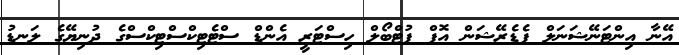
އޭނާ އިންޓަނޭޝަނަލް ފެޑެރޭޝަން އޮފް ފުޓްބޯލް ހިސްޓަރީ އެންޑް ސްޓެޓިކްސްޓިކްސްގެ ދުނިޔޭގެ ލަނޑު